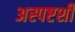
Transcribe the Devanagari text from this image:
अस्पष्टशी